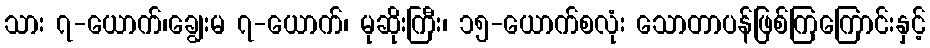
သား ၇-ယောက်၊ချွေးမ ၇-ယောက်၊ မုဆိုးကြီး၊ ၁၅-ယောက်စလုံး သောတာပန်ဖြစ်ကြကြောင်းနှင့်